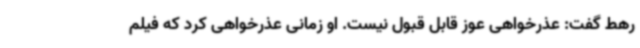
رهط گفت: عذرخواهی عوز قابل قبول نیست. او زمانی عذرخواهی کرد که فیلم